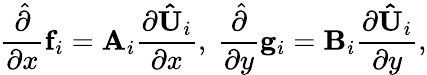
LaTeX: \frac{\hat{\partial}}{\partial x}\mathbf{f}_{i}=\mathbf{A}_{i}\frac{\partial{\mathbf{\hat{U}}_{i}}}{\partial x},\ \frac{\hat{\partial}}{\partial y}\mathbf{g}_{i}=\mathbf{B}_{i}\frac{\partial{\mathbf{\hat{U}}_{i}}}{\partial y},